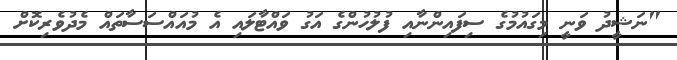
"ނަޝީދު ވަނީ މިގައުމުގެ ސިފައިންނާއި ފުލުހުންގެ އަގު ވައްޓާލައި އެ މުއައްސަސާތައް މެދުވެރިކޮށް